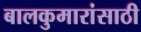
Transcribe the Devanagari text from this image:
बालकुमारांसाठी